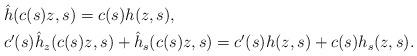
LaTeX: \begin{align*}& \hat{h}(c(s)z, s) =c(s)h(z, s),\\& c'(s)\hat{h}_z(c(s)z, s)+\hat{h}_s(c(s)z, s)=c'(s)h(z, s)+c(s)h_s(z, s).\end{align*}